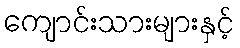
ကျောင်းသားများနှင့်